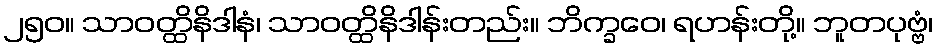
၂၅၀။ သာဝတ္ထိနိဒါနံ၊ သာဝတ္ထိနိဒါန်းတည်း။ ဘိက္ခဝေ၊ ရဟန်းတို့။ ဘူတပုဗ္ဗံ၊